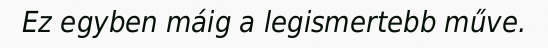
Ez egyben máig a legismertebb műve.